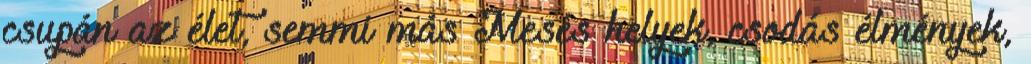
csupán az élet, semmi más Mesés helyek, csodás élmények,